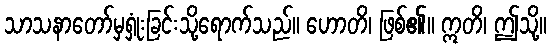
သာသနာတော်မှရှုံးခြင်းသို့ရောက်သည်။ ဟောတိ၊ ဖြစ်၏။ ဣတိ၊ ဤသို့။